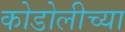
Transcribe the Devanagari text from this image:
कोडोलीच्या